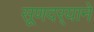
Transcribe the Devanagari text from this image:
सूणदर्‍याने